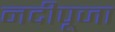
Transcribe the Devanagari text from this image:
नदीपूजा